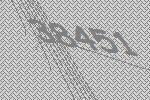
38451